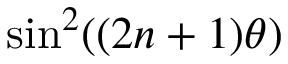
\sin ^ { 2 } ( ( 2 n + 1 ) \theta ) \,